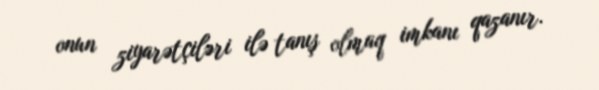
onun ziyarətçiləri ilə tanış olmaq imkanı qazanır.